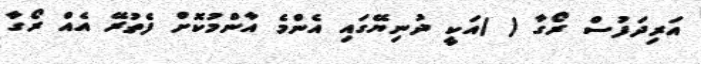
އަރިދަފުސް ރޯގާ ( )އަކީ ދުނިޔޭގައި އެންމެ އާންމުކޮށް ފެތުރޭ އެއް ރޯގާ